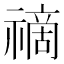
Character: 𥛚